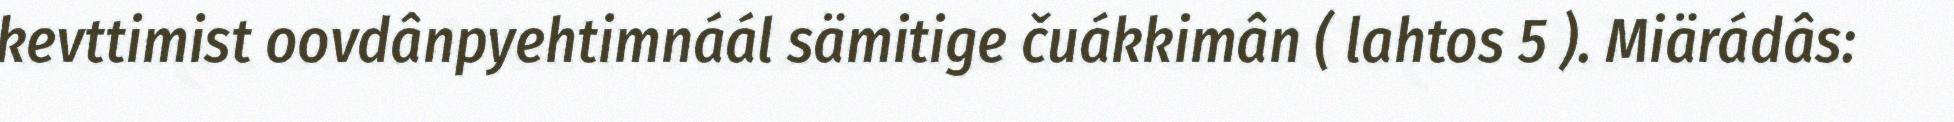
kevttimist oovdânpyehtimnáál sämitige čuákkimân ( lahtos 5 ). Miärádâs: